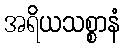
အရိယသစ္စာနံ